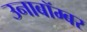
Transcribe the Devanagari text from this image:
उनाबॉम्बर